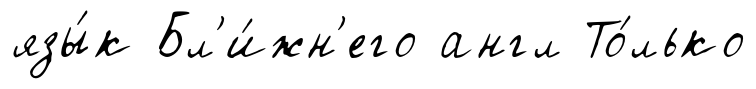
язы́к Бл'и́жн'его англ То́лько